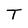
Character: T